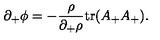
\partial _ { + } \phi = - { \frac { \rho } { \partial _ { + } \rho } } \mathrm { t r } ( A _ { + } A _ { + } ) .